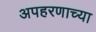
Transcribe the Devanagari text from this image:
अपहरणाच्या